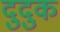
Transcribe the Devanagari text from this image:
दुदुक